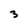
Character: 3